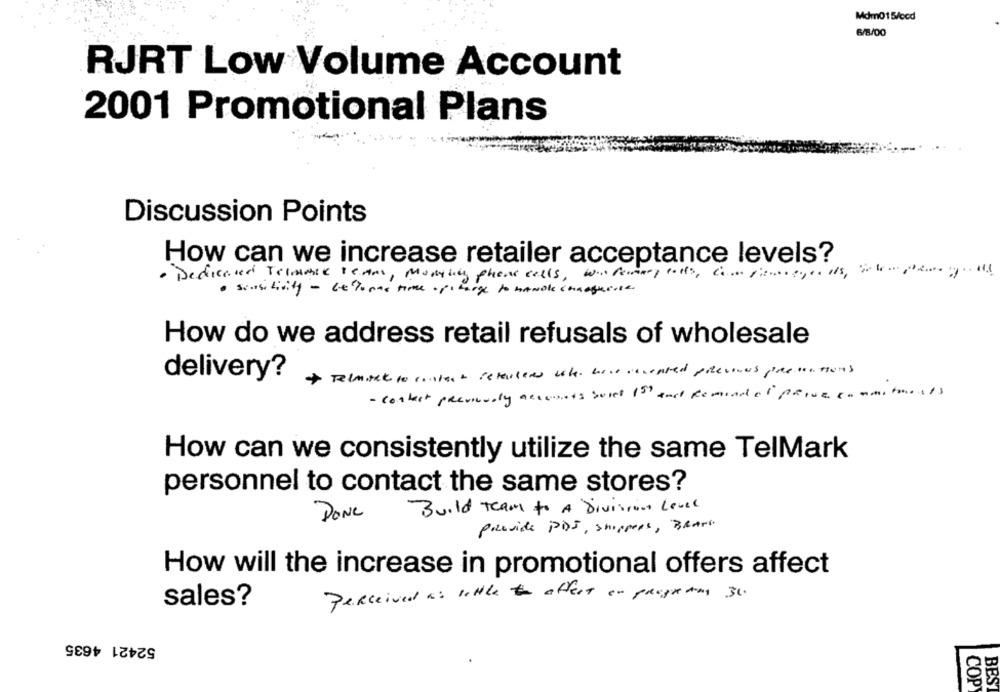
Mdm015/ccd
6/8/00
RJRT Low Volume Account
2001 Promotional Plans
Discussion Points
How can we increase retailer acceptance levels?
. Dedicated Telematik Betal, Manylity phone calls, wie formary colts, con sitoreyes als, in kem
. sensitivity - Lectores time ops large to handle chaoquille.
How do we address retail refusals of wholesale
Telmiset to collect retailers woke. bose cheated previous promotions
delivery?
- contact previously accounts bus 150 and Remind el price commitmolls
How can we consistently utilize the same TelMark
personnel to contact the same stores?
Build Team to A Division Level
Done
provide PDS, shoppers, BRAND
How will the increase in promotional offers affect
Perceived as little to affect or programs 36.
sales?
52421 4635
.
COP
BEST